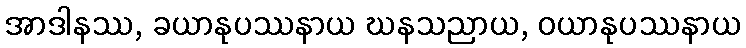
အာဒါနဿ, ခယာနုပဿနာယ ဃနသညာယ, ဝယာနုပဿနာယ